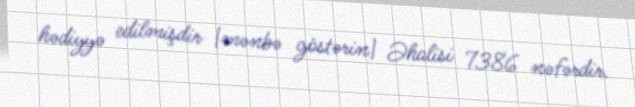
hədiyyə edilmişdir [mənbə göstərin] Əhalisi 7386 nəfərdir.